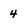
Character: 4